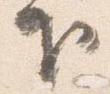
下